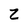
Character: z